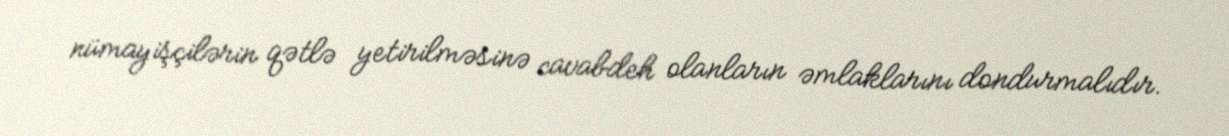
nümayişçilərin qətlə yetirilməsinə cavabdeh olanların əmlaklarını dondurmalıdır.